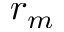
r _ { m }